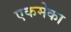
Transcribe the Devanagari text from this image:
एकमेका